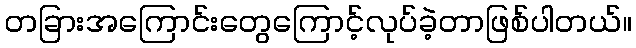
တခြားအကြောင်းတွေကြောင့်လုပ်ခဲ့တာဖြစ်ပါတယ်။